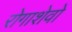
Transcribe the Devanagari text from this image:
रोगाशेवो